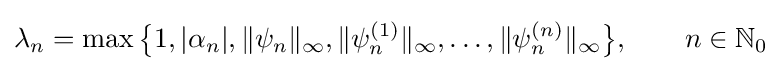
\lambda _{n}=\max {\bigl \{}1,|\alpha _{n}|,\|\psi _{n}\|_{\infty },\|\psi _{n}^{(1)}\|_{\infty },\ldots ,\|\psi _{n}^{(n)}\|_{\infty }{\bigr \}},\qquad n\in \mathbb {N} _{0}